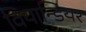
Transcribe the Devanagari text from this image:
वियान्डियर